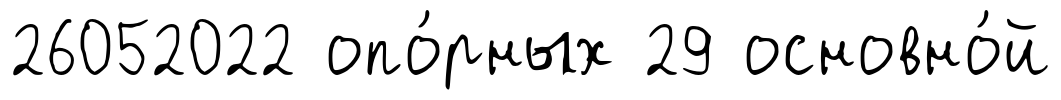
26052022 опо́рных 29 основно́й